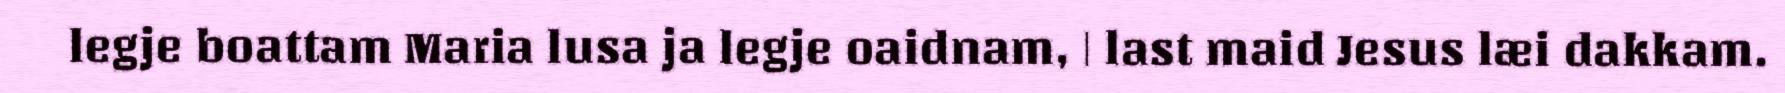
legje boattam Maria lusa ja legje oaidnam, | last maid Jesus læi dakkam.